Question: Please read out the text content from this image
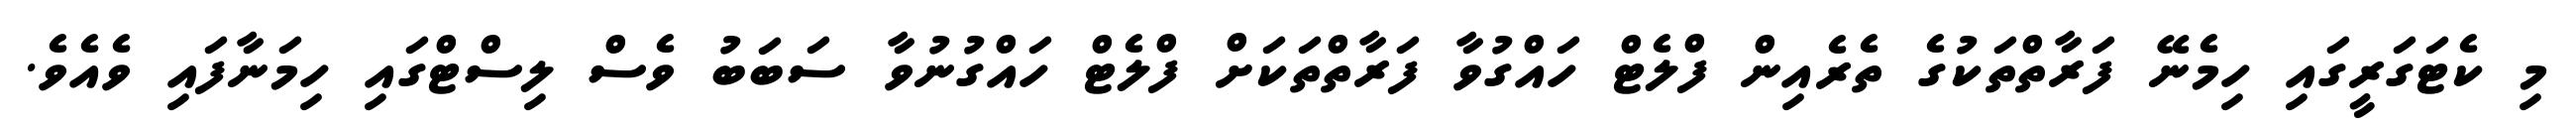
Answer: މި ކެޓަގަރީގައި ހިމެނޭ ފަރާތްތަކުގެ ތެރެއިން ފްލެޓް ހައްގުވާ ފަރާތްތަކަށް ފްލެޓް ހައްގުނުވާ ސަބަބު ވެސް ލިސްޓްގައި ހިމަނާފައި ވެއެވެ.